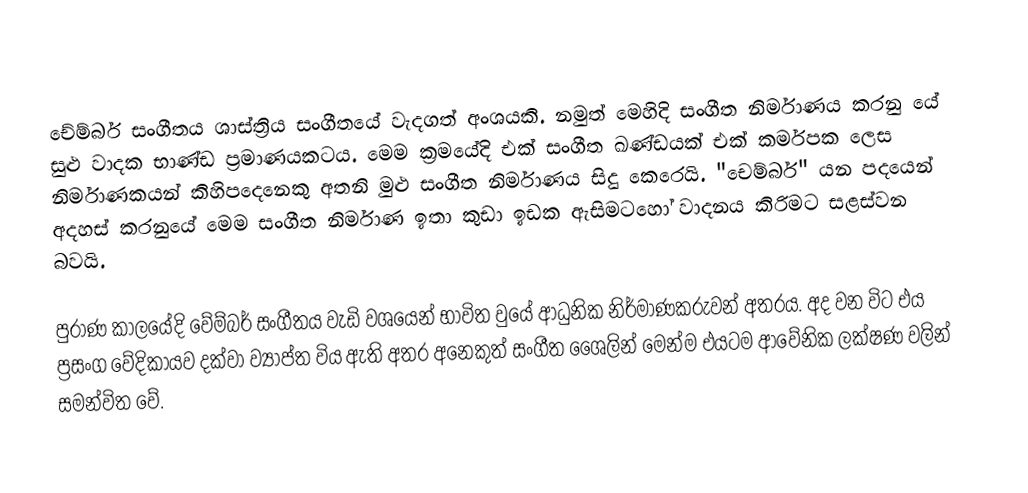
චේම්බර් සංගීතය ශාස්ත්‍රිය සංගීතයේ වැදගත් අංශයකි.  නමුත් මෙහිදි සංගීත නිර්මාණය කරනු යේ සුළු වාදක භාණ්ඩ ප්‍රමාණයකටය. මෙම ක්‍රමයේදි එක් සංගීත ඛණ්ඩයක් එක් කර්මපක ලෙස නිර්මාණකයන් කිහිපදෙනෙකු අතනි මුළු සංගීත නිර්මාණය සිදු කෙරෙයි. "චෙම්බර්" යන පදයෙන් අදහස් කරනුයේ මෙම සංගීත නිර්මාණ ඉතා කුඩා ඉඩක ඇසිමට‍හෝ වාදනය කිරිමට සළස්වන බවයි.

පුරාණ කාලයේදි වේම්බර් සංගීතය වැඩි වශයෙන් භාවිත වුයේ ආධුනික නිර්මාණකරුවන් අතරය. අද වන විට එය ප්‍රසංග වේදිකායව දක්වා ව්‍යාප්ත විය ඇති අතර අනෙකුත් සංගීත ශෛලින් මෙන්ම එයටම ආවේනික ලක්ෂණ වලින් සමන්විත වේ.